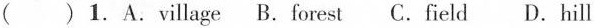
( )1.A.village B.forest C.field d.Hill